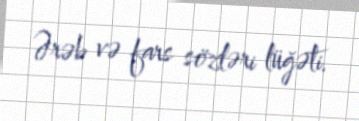
Ərəb və fars sözləri lüğəti.